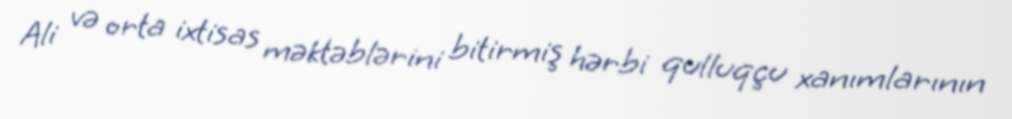
Ali və orta ixtisas məktəblərini bitirmiş hərbi qulluqçu xanımlarının